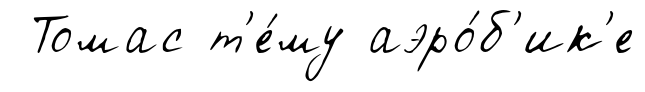
Томас т'е́му аэро́б'ик'е